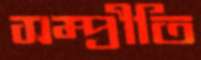
সম্প্রীতি